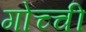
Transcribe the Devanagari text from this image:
गोच्ची